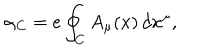
\alpha _ { C } = e \oint _ { C } A _ { \mu } ( x ) \, d x ^ { \mu } ,